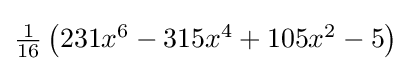
{\textstyle {\tfrac {1}{16}}\left(231x^{6}-315x^{4}+105x^{2}-5\right)}